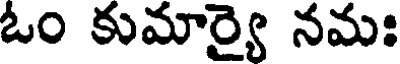
ఓం కుమార్యై నమః